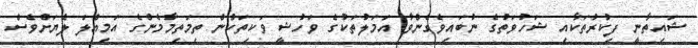
ޝައިތާނީ ފިކުރުތަކާއި ޝަހުވަތުގެ ނުބައިވެގެންވާ އަމަލުތަކުގެ ވަހުޝީ ވަކިތަކުން ތިމަތިމާމެންގެ އަމިއްލަ ލެޔަށްވެސް